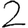
Digit: 2